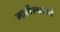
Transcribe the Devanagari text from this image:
मार्लेश्वराचे